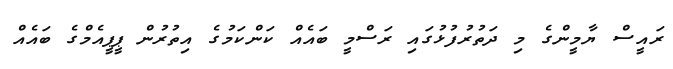
ރައީސް ޔާމީންގެ މި ދަތުރުފުޅުގައި ރަސްމީ ބައެއް ކަންކަމުގެ އިތުރުން ޕީޕީއެމްގެ ބައެއް